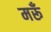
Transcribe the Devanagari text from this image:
मरूँ